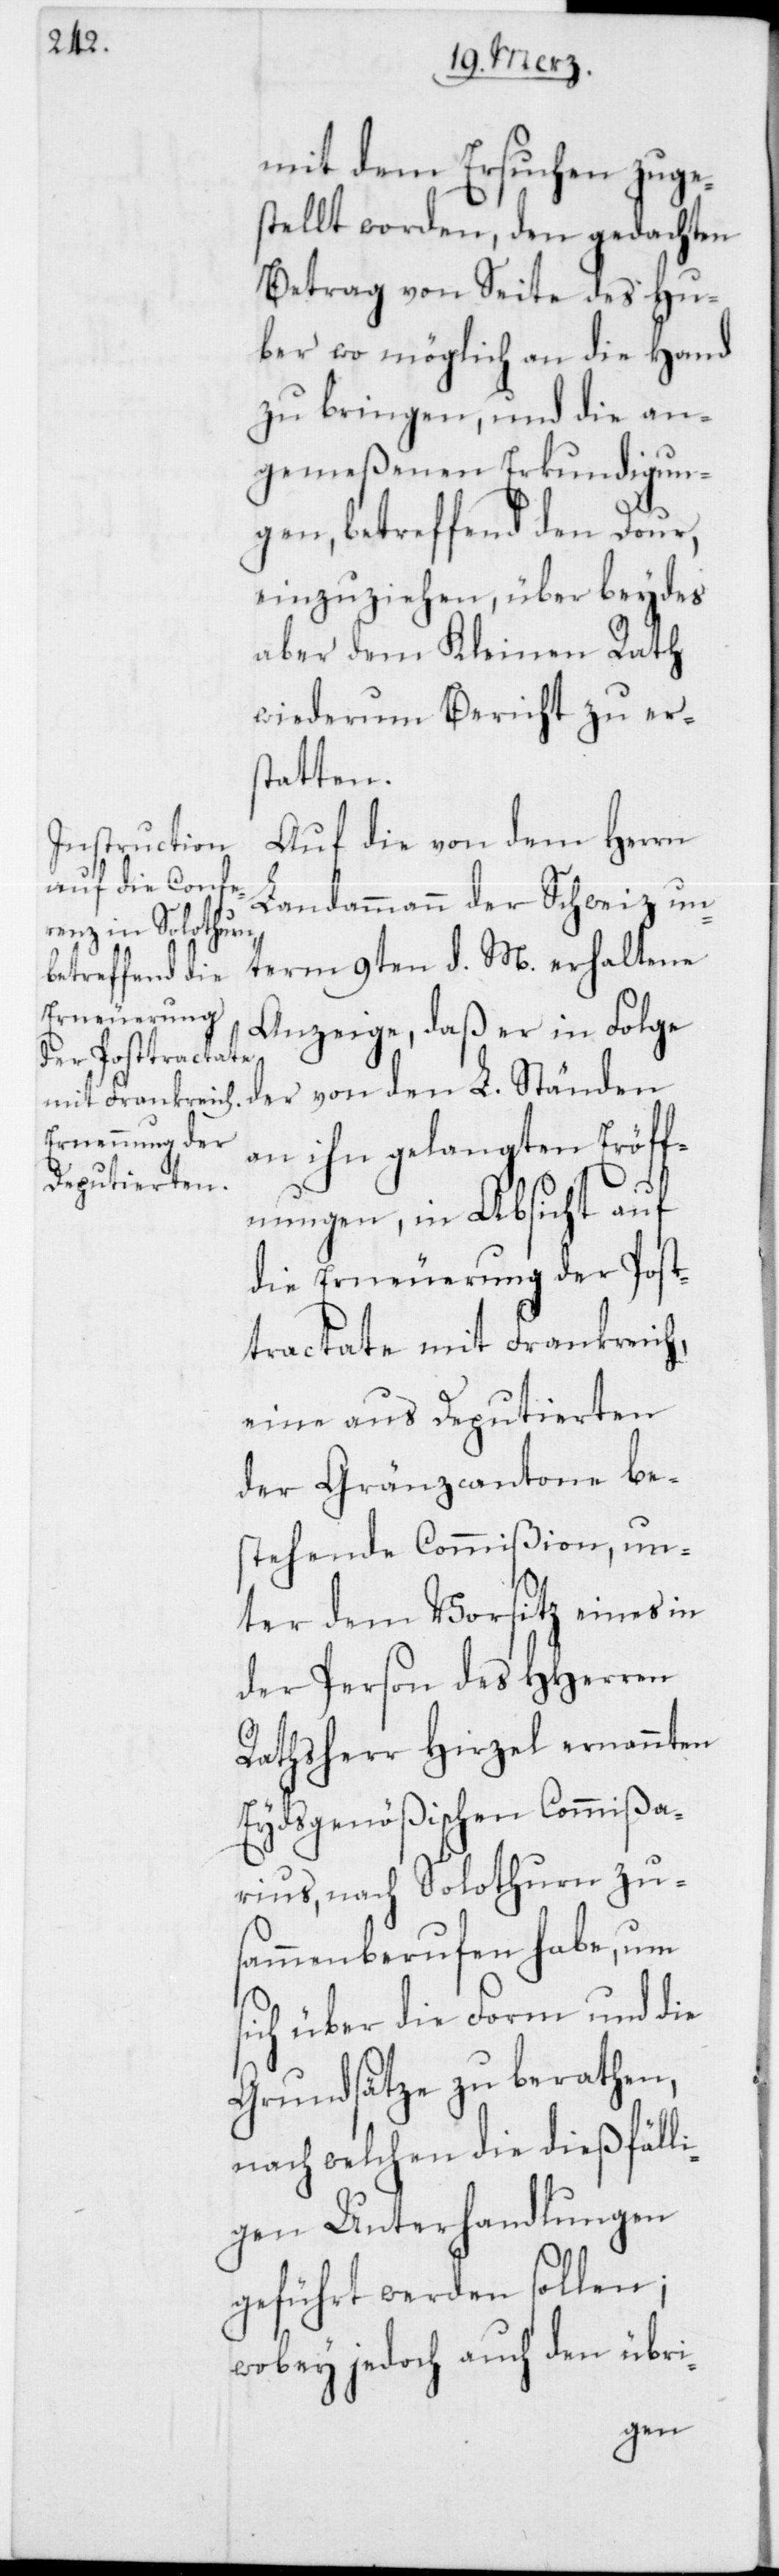
mit dem Ersuchen zuge¬
stellt worden, den gedachten
Betrag von Seite des Hu¬
ber wo möglich an die Hand
zu bringen, und die an¬
gemeßenen Erkundigun¬
gen, betreffend den Dour,
einzuziehen, über beydes
aber dem Kleinen Rath
wiederum Bericht zu er¬
statten.
Auf die von dem Herrn
Landammann der Schweiz un¬
term 9ten d. M. erhaltene
Anzeige, daß er in Folge
der von den L. Ständen
an ihn gelangten Eröff¬
nungen, in Absicht auf
die Erneuerung der Post¬
tractate mit Frankreich,
eine aus Deputierten
der Gränzcantone bes¬
tehende Commißion, un¬
ter dem Vorsitz eines in
der Person des HHerren
Rathsherr Hirzel ernannten
Eydsgenößischen Commißa¬
rius, nach Solothurn zu¬
sammenberufen habe, um
sich über die Form und die
Grundsätze zu berathen,
nach welchen die dießfälli¬
gen Unterhandlungen
geführt werden sollen;
wobey jedoch auch den übri-